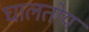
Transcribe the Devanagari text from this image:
घालतोय